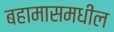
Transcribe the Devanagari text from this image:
बहामासमधील